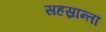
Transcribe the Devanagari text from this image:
सहस्रान्तां